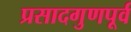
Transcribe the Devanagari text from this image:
प्रसादगुणपूर्व